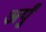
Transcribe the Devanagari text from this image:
अर्पुं